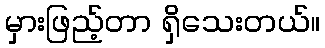
မှားဖြည့်တာ ရှိသေးတယ်။